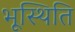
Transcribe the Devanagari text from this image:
भूस्थिति